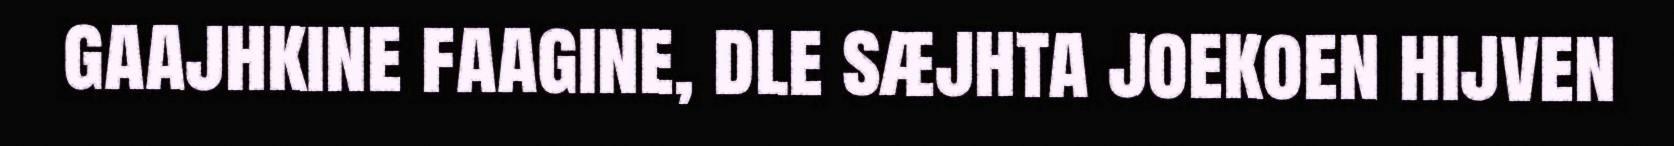
gaajhkine faagine, dle sæjhta joekoen hijven